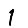
Digit: 1